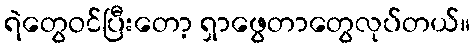
ရဲတွေဝင်ပြီးတော့ ရှာဖွေတာတွေလုပ်တယ်။